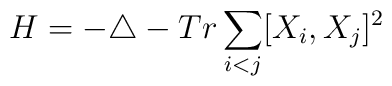
H = - \triangle - Tr \sum_{i<j} [X_{i}, X_{j}]^2